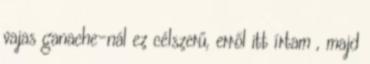
vajas ganache-nál ez célszerű, erről itt írtam , majd